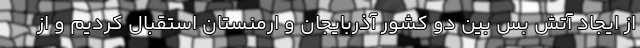
از ایجاد آتش بس بین دو کشور آذربایجان و ارمنستان استقبال کردیم و از